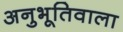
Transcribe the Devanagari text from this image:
अनुभूतिवाला